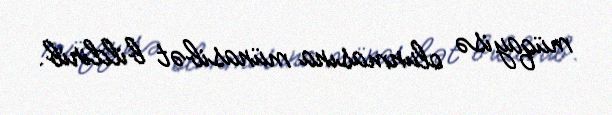
müqayisə olunmasına münasibət bildirib.